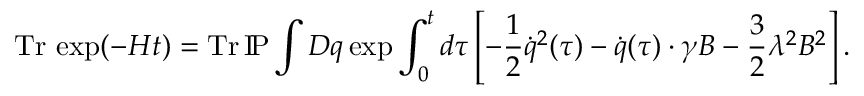
\mathrm { T r } \, \exp ( - H t ) = \mathrm { T r } \, \mathrm { I \! P } \int D q \exp \int _ { 0 } ^ { t } d \tau \left[ - \frac 1 2 \dot { q } ^ { 2 } ( \tau ) - \dot { q } ( \tau ) \cdot \gamma B - \frac 3 2 \lambda ^ { 2 } B ^ { 2 } \right] .